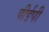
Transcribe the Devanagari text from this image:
पीईपी